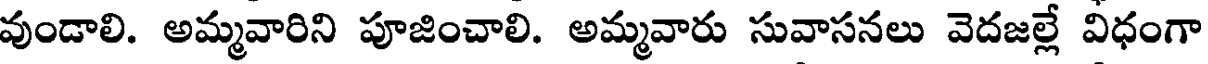
వుండాలి. అమ్మవారిని పూజించాలి. అమ్మవారు సువాసనలు వెదజల్లే విధంగా